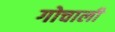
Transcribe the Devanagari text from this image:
गोचाली